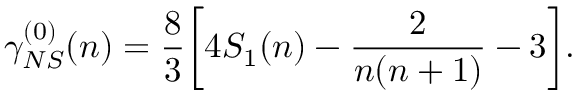
\gamma _ { N S } ^ { ( 0 ) } ( n ) = \frac { 8 } { 3 } \bigg [ 4 S _ { 1 } ( n ) - \frac { 2 } { n ( n + 1 ) } - 3 \bigg ] .